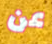
عن